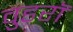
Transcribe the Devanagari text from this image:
वुडरॉ